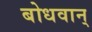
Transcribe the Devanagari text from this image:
बोधवान्